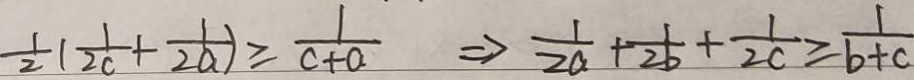
\frac { 1 } { 2 } ( \frac { 1 } { 2 c } + \frac { 1 } { 2 a } ) \geq \frac { 1 } { c + a } \Rightarrow \frac { 1 } { 2 a } + \frac { 1 } { 2 b } + \frac { 1 } { 2 c } \geq \frac { 1 } { b + c }